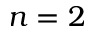
n = 2